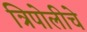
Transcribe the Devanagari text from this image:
त्रिपोलीचे